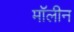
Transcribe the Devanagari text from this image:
मॉलीन